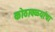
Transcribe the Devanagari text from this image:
कोठावळ्यांचा